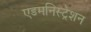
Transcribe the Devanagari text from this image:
एडमनिस्ट्रेशन